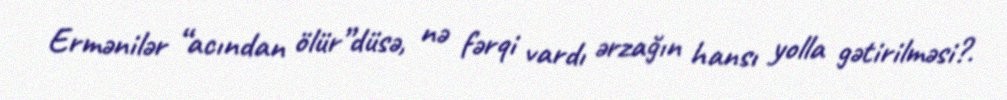
Ermənilər “acından ölür”düsə, nə fərqi vardı ərzağın hansı yolla gətirilməsi?.